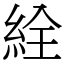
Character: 絟